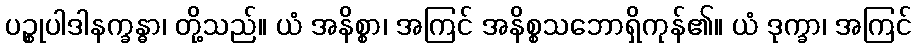
ပဉ္စုပါဒါနက္ခန္ဓာ၊ တို့သည်။ ယံ အနိစ္စာ၊ အကြင် အနိစ္စသဘောရှိကုန်၏။ ယံ ဒုက္ခာ၊ အကြင်